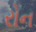
રોન